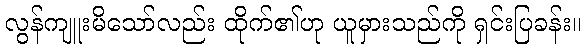
လွန်ကျူးမိသော်လည်း ထိုက်၏ဟု ယူမှားသည်ကို ရှင်းပြခန်း။